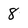
Character: 8